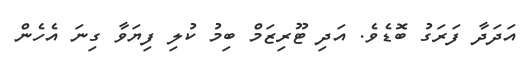
އަދަދާ ފަރަގު ބޮޑެވެ. އަދި ޓޫރިޒަމް ބިމު ކުލި ފިޔަވާ ގިނަ އެހެން